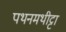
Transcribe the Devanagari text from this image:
पथनमथीट्टा